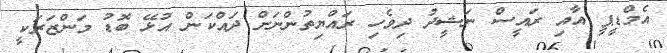
އެމްޑީޕީ އާއި ރައީސް ނަޝީދު ދިވެހި ރައްޔިތުންނަށް ދައްކަން އުޅޭ ބޮޑު މަންޒަރަކީ